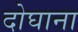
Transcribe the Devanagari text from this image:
दोघाना